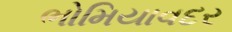
ભોમિયાવદર